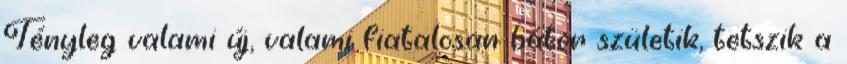
Tényleg valami új, valami fiatalosan bátor születik, tetszik a